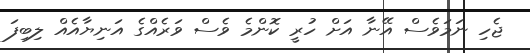
ޖެހި ނަމަވެސް އޭނާ އަށް ހުރީ ކޮންމެ ވެސް ވަރެއްގެ އަނިޔާއެއް ލިބިފަ